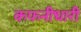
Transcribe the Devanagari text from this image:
कफनीधारी